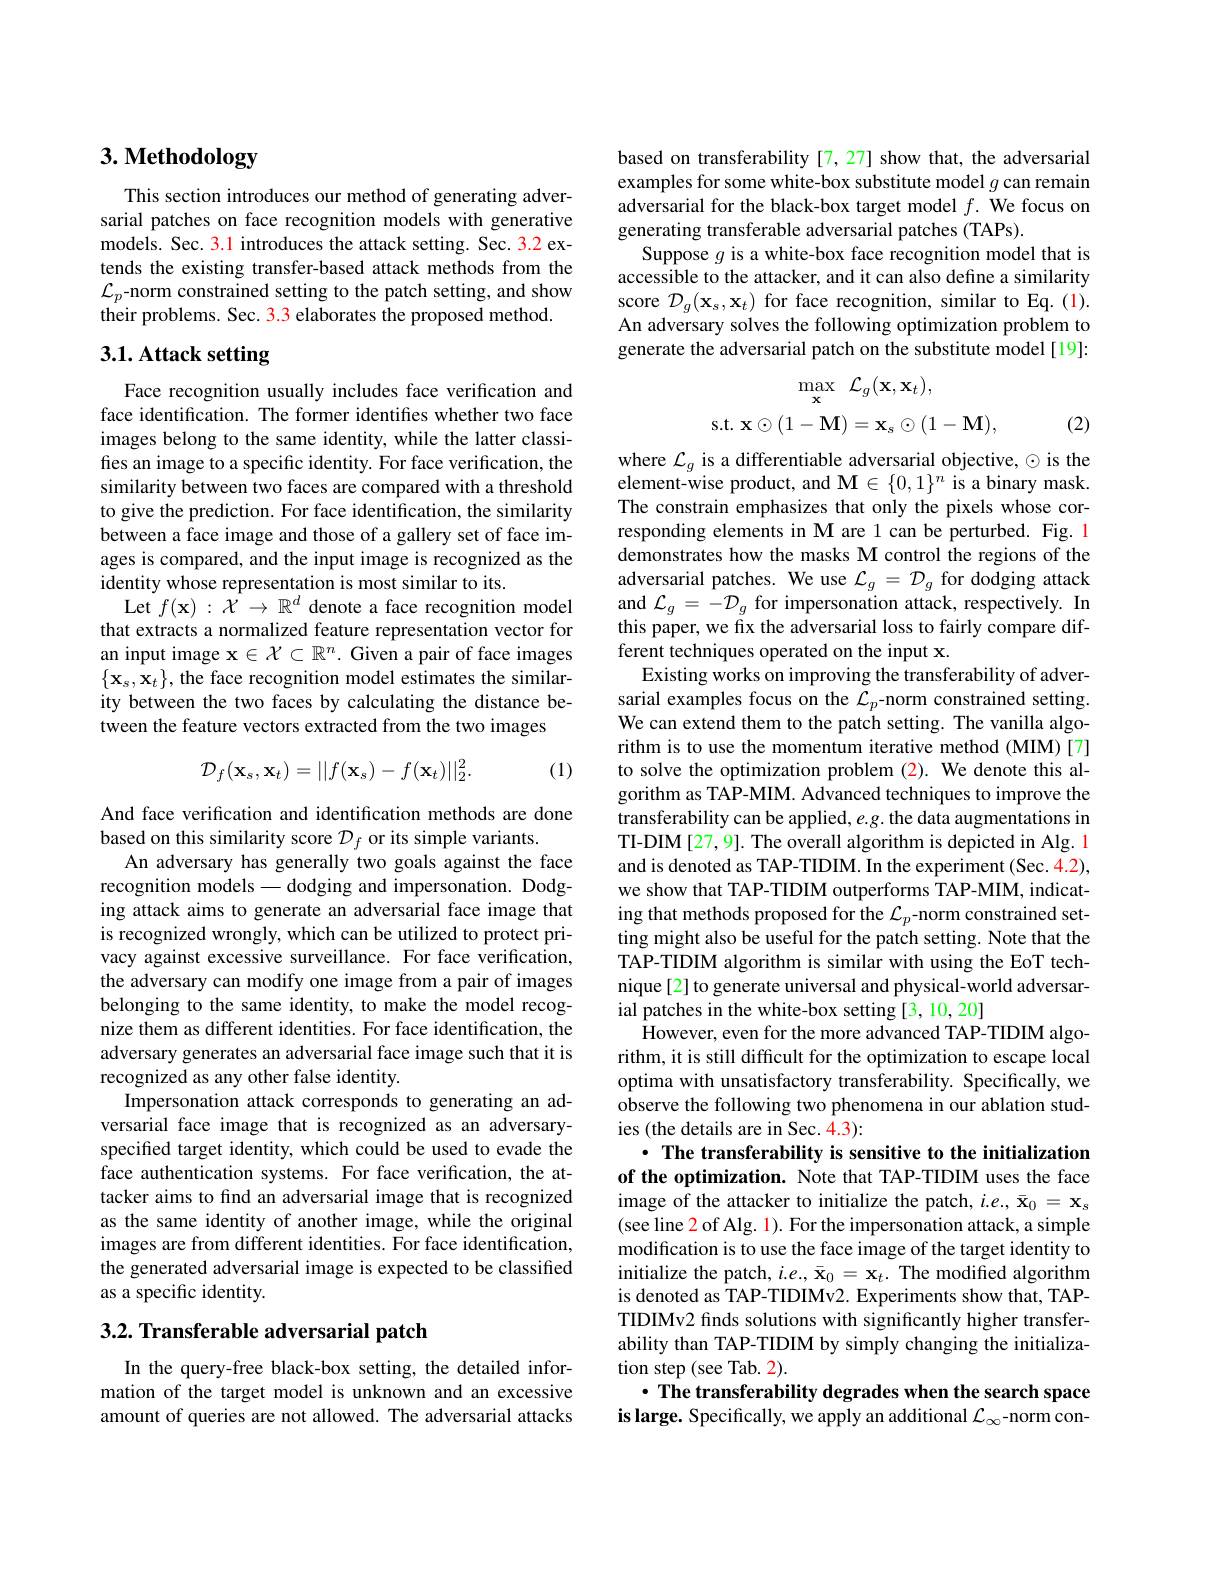
# 3. Methodology

This section introduces our method of generating adversarial patches on face recognition models with generative models. Sec. 3.1 introduces the attack setting. Sec. 3.2 extends the existing transfer-based attack methods from the $\mathcal{L}_p$-norm constrained setting to the patch setting, and show their problems. Sec. 3.3 elaborates the proposed method.

## 3.1. Attack setting

Face recognition usually includes face verification and face identification. The former identifies whether two face images belong to the same identity, while the latter classifies an image to a specific identity. For face verification, the similarity between two faces are compared with a threshold to give the prediction. For face identification, the similarity between a face image and those of a gallery set of face images is compared, and the input image is recognized as the identity whose representation is most similar to its.
Let $f(\mathbf{x}):\tilde{\mathcal{X}}\to\mathbb{R}^d$ denote a face recognition model that extracts a normalized feature representation vector for an input image x$\in\mathcal{X}\subset\mathbb{R}^n.$ Given a pair of face images $\{\mathbf{x}_{s},\mathbf{x}_{t}\}$, the face recognition model estimates the similarity between the two faces by calculating the distance between the feature vectors extracted from the two images

(1)
$$\mathcal{D}_f(\mathbf{x}_s,\mathbf{x}_t)=||f(\mathbf{x}_s)-f(\mathbf{x}_t)||_2^2.$$
And face verification and identification methods are done
based on this similarity score $\mathcal{D}_f$ or its simple variants.
An adversary has generally two goals against the face recognition models— dodging and impersonation. Dodging attack aims to generate an adversarial face image that is recognized wrongly, which can be utilized to protect privacy against excessive surveillance. For face verification, the adversary can modify one image from a pair of images belonging to the same identity, to make the model recognize them as different identities. For face identification, the adversary generates an adversarial face image such that it is recognized as any other false identity.
Impersonation attack corresponds to generating an adversarial face image that is recognized as an adversaryspecified target identity, which could be used to evade the face authentication systems. For face verification, the attacker aims to find an adversarial image that is recognized as the same identity of another image, while the original images are from different identities. For face identification, the generated adversarial image is expected to be classified as a specific identity.

### $3. 2. \textbf{ Transferable adversarial patch}$

In the query-free black-box setting, the detailed information of the target model is unknown and an excessive amount of queries are not allowed. The adversarial attacks

based on transferability[7,27] show that, the adversarial examples for some white-box substitute model $g$ can remain adversarial for the black-box target model $f.$ We focus on generating transferable adversarial patches (TAPs).
Suppose $g$ is a white-box face recognition model that is accessible to the attacker, and it can also define a similarity score $\mathcal{D}_g(\mathbf{x}_{s},\mathbf{x}_{t})$ for face recognition, similar to Eq.(1). An adversary solves the following optimization problem to generate the adversarial patch on the substitute model[19]:
$$\max_{\mathbf{x}}\mathcal{L}_{g}(\mathbf{x},\mathbf{x}_{t}),\\\mathrm{s.t.}\:\mathbf{x}\odot(1-\mathbf{M})=\mathbf{x}_{s}\odot(1-\mathbf{M}),$$
(2)

where $\mathcal{L}_g$ is a differentiable adversarial objective, $\odot$ is the element-wise product, and M$\in\{0,1\}^n$ is a binary mask. The constrain emphasizes that only the pixels whose corresponding elements in M are 1 can be perturbed. Fig. 1 demonstrates how the masks M control the regions of the adversarial patches. We use $\mathcal{L}_g=\mathcal{D}_g$ for dodging attack and $\mathcal{L}_g=-\mathcal{D}_g$ for impersonation attack, respectively. In this paper, we fix the adversarial loss to fairly compare different techniques operated on the input x.
Existing works on improving the transferability of adversarial examples focus on the $\mathcal{L}_p$-norm constrained setting. We can extend them to the patch setting. The vanilla algorithm is to use the momentum iterative method (MIM)[7] to solve the optimization problem (2). We denote this algorithm as TAP-MIM. Advanced techniques to improve the transferability can be applied, e.g. the data augmentations in TI-DIM[27,9]. The overall algorithm is depicted in Alg. 1 and is denoted as TAP-TIDIM. In the experiment (Sec. 4.2), we show that TAP-TIDIM outperforms TAP-MIM, indicating that methods proposed for the $\mathcal{L}_p$-norm constrained setting might also be useful for the patch setting. Note that the TAP-TIDIM algorithm is similar with using the EoT technique[2] to generate universal and physical-world adversarial patches in the white-box setting [3,10,20]
$\hat{\text{However, even for the more advanced TAP-TIDIM algo-}}$ rithm, it is still difficult for the optimization to escape local optima with unsatisfactory transferability. Specifically, we observe the following two phenomena in our ablation studies (the details are in Sec. 4.3):
· The transferability is sensitive to the initialization of the optimization. Note that TAP-TIDIM uses the face image of the attacker to initialize the patch, $i.e.,\bar{\mathbf{x}}_0=\mathbf{x}_s$ (see line 2 of Alg. 1). For the impersonation attack, a simple modification is to use the face image of the target identity to initialize the patch, $i.e.,\bar{\mathbf{x}}_0=\mathbf{x}_t.$ The modified algorithm is denoted as TAP-TIDIMv2. Experiments show that, TAPTIDIMv2 finds solutions with significantly higher transferability than TAP-TIDIM by simply changing the initialization step (see Tab. 2).
$\cdot$ The transferability degrades when the search space is large. Specifically, we apply an additional $\mathcal{L}_\infty$-norm con-